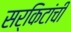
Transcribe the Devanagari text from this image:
सर्किटांची